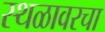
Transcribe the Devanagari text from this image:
स्थळावरचा